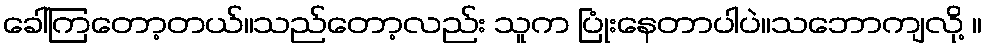
ခေါ်ကြတော့တယ်။သည်တော့လည်း သူက ပြုံးနေတာပါပဲ။သဘောကျလို့ ။